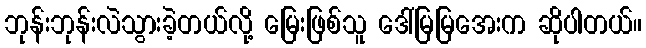
ဘုန်းဘုန်းလဲသွားခဲ့တယ်လို့ မြေးဖြစ်သူ ဒေါ်မြမြအေးက ဆိုပါတယ်။